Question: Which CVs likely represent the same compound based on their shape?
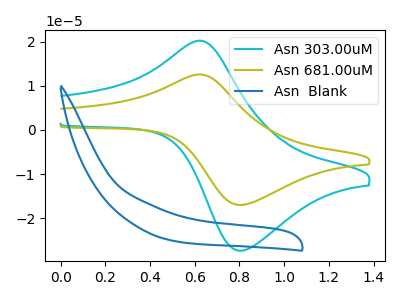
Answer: <think>The cyan curve "Asn 303.00uM" has an anodic peak at (0.60V, 20.20uA) and a cathodic peak at (0.80V, -27.40uA). The olive curve "Asn 681.00uM" has an anodic peak at (0.60V, 12.55uA) and a cathodic peak at (0.80V, -17.00uA). The blue curve "Asn  Blank" has no peaks.
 All the peaks in "Asn 303.00uM" have a peak in "Asn 681.00uM" at the same potential. Every peak in "Asn 303.00uM" is higher than every peak in "Asn 681.00uM". "Asn 303.00uM" and "Asn  Blank" have a different number of peaks. "Asn 681.00uM" and "Asn  Blank" have a different number of peaks.</think>
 <answer>"Asn 303.00uM" and "Asn 681.00uM" have the same shape and are likely CV's of the same chemical.</answer>
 <eval>"Asn 303.00uM" "Asn 681.00uM"</eval>